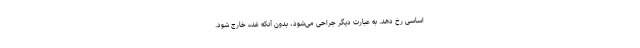
اساسی رخ دهد. به عبارت دیگر جراحی می‌شود، بدون آنکه غده خارج شود.